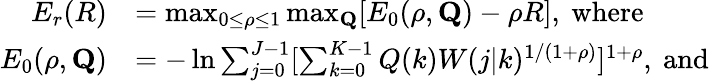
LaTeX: \begin{array}{rl}{E_{r}(R)}&{=\operatorname*{max}_{0\leq\rho\leq 1}\operatorname*{max}_{\mathbf{Q}}[E_{0}(\rho,\mathbf{Q})-\rho R],\mathrm{~where}}\\ {E_{0}(\rho,\mathbf{Q})}&{=-\ln\sum_{j=0}^{J-1}[\sum_{k=0}^{K-1}Q(k)W(j|k)^{1/(1+\rho)}]^{1+\rho},\mathrm{~and~}}\end{array}